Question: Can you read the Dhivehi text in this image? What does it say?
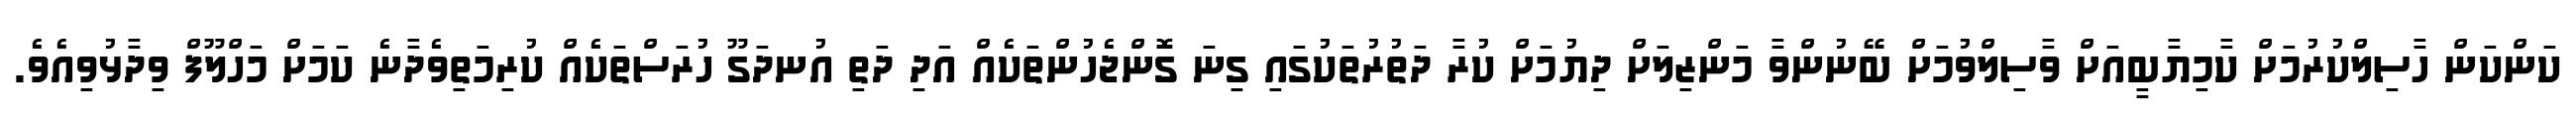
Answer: ކަންކަން ހާސިލްކުރުމަށް ކާމިޔާބީއަށް ވާސިލްވުމަށް ބޭނުންވާ މަންޒިލަށް ދިޔުމަށް ކުރާ ދަތުރުތަކުގައި ގިނަ ގޮންޖެހުންތަކެއް އަދި ދަތި އުނދަގޫ ހުރަސްތަކެއް ކުރިމަތިވެދާނެ ކަމަށް މަހްލޫފް ވިދާޅުވިއެވެ.